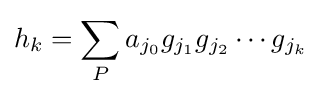
h_{k}=\sum _{P}a_{j_{0}}g_{j_{1}}g_{j_{2}}\cdots g_{j_{k}}